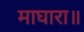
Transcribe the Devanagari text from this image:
माघारा॥